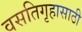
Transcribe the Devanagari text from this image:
वसतिगृहासाठी